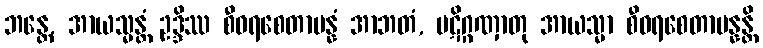
ဘန္တေ, အာယသ္မန္တံ ဥဒ္ဒိဿ စီဝရစေတာပန္နံ အာဘတံ, ပဋိဂ္ဂဏှာတု အာယသ္မာ စီဝရစေတာပန္နန္တိ